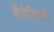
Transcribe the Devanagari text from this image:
कॅरोलिनची